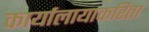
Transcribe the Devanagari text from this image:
कार्यालायाकरिता